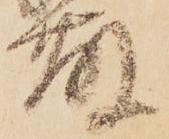
藤